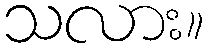
သလား။